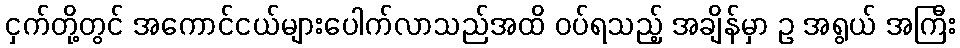
ငှက်တို့တွင် အကောင်ငယ်များပေါက်လာသည်အထိ ဝပ်ရသည့် အချိန်မှာ ဥ အရွယ် အကြီး